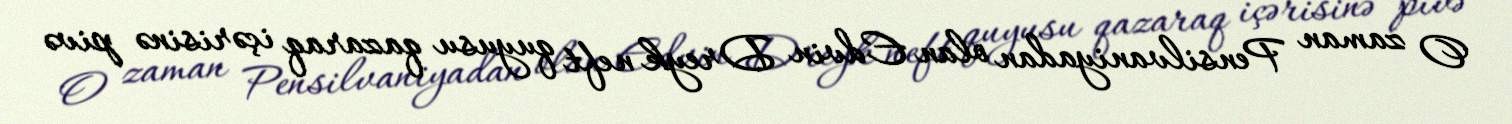
O zaman Pensilvaniyadan olan Edvin Dreyk neft quyusu qazaraq içərisinə pivə